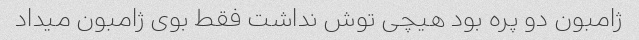
ژامبون دو پره بود هیچی توش نداشت فقط بوی ژامبون میداد